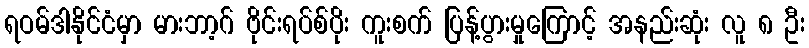
ရဝမ်ဒါနိုင်ငံမှာ မားဘာ့ဂ် ဗိုင်းရပ်စ်ပိုး ကူးစက် ပြန့်ပွားမှုကြောင့် အနည်းဆုံး လူ ၈ ဦး